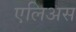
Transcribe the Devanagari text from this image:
एलिअस